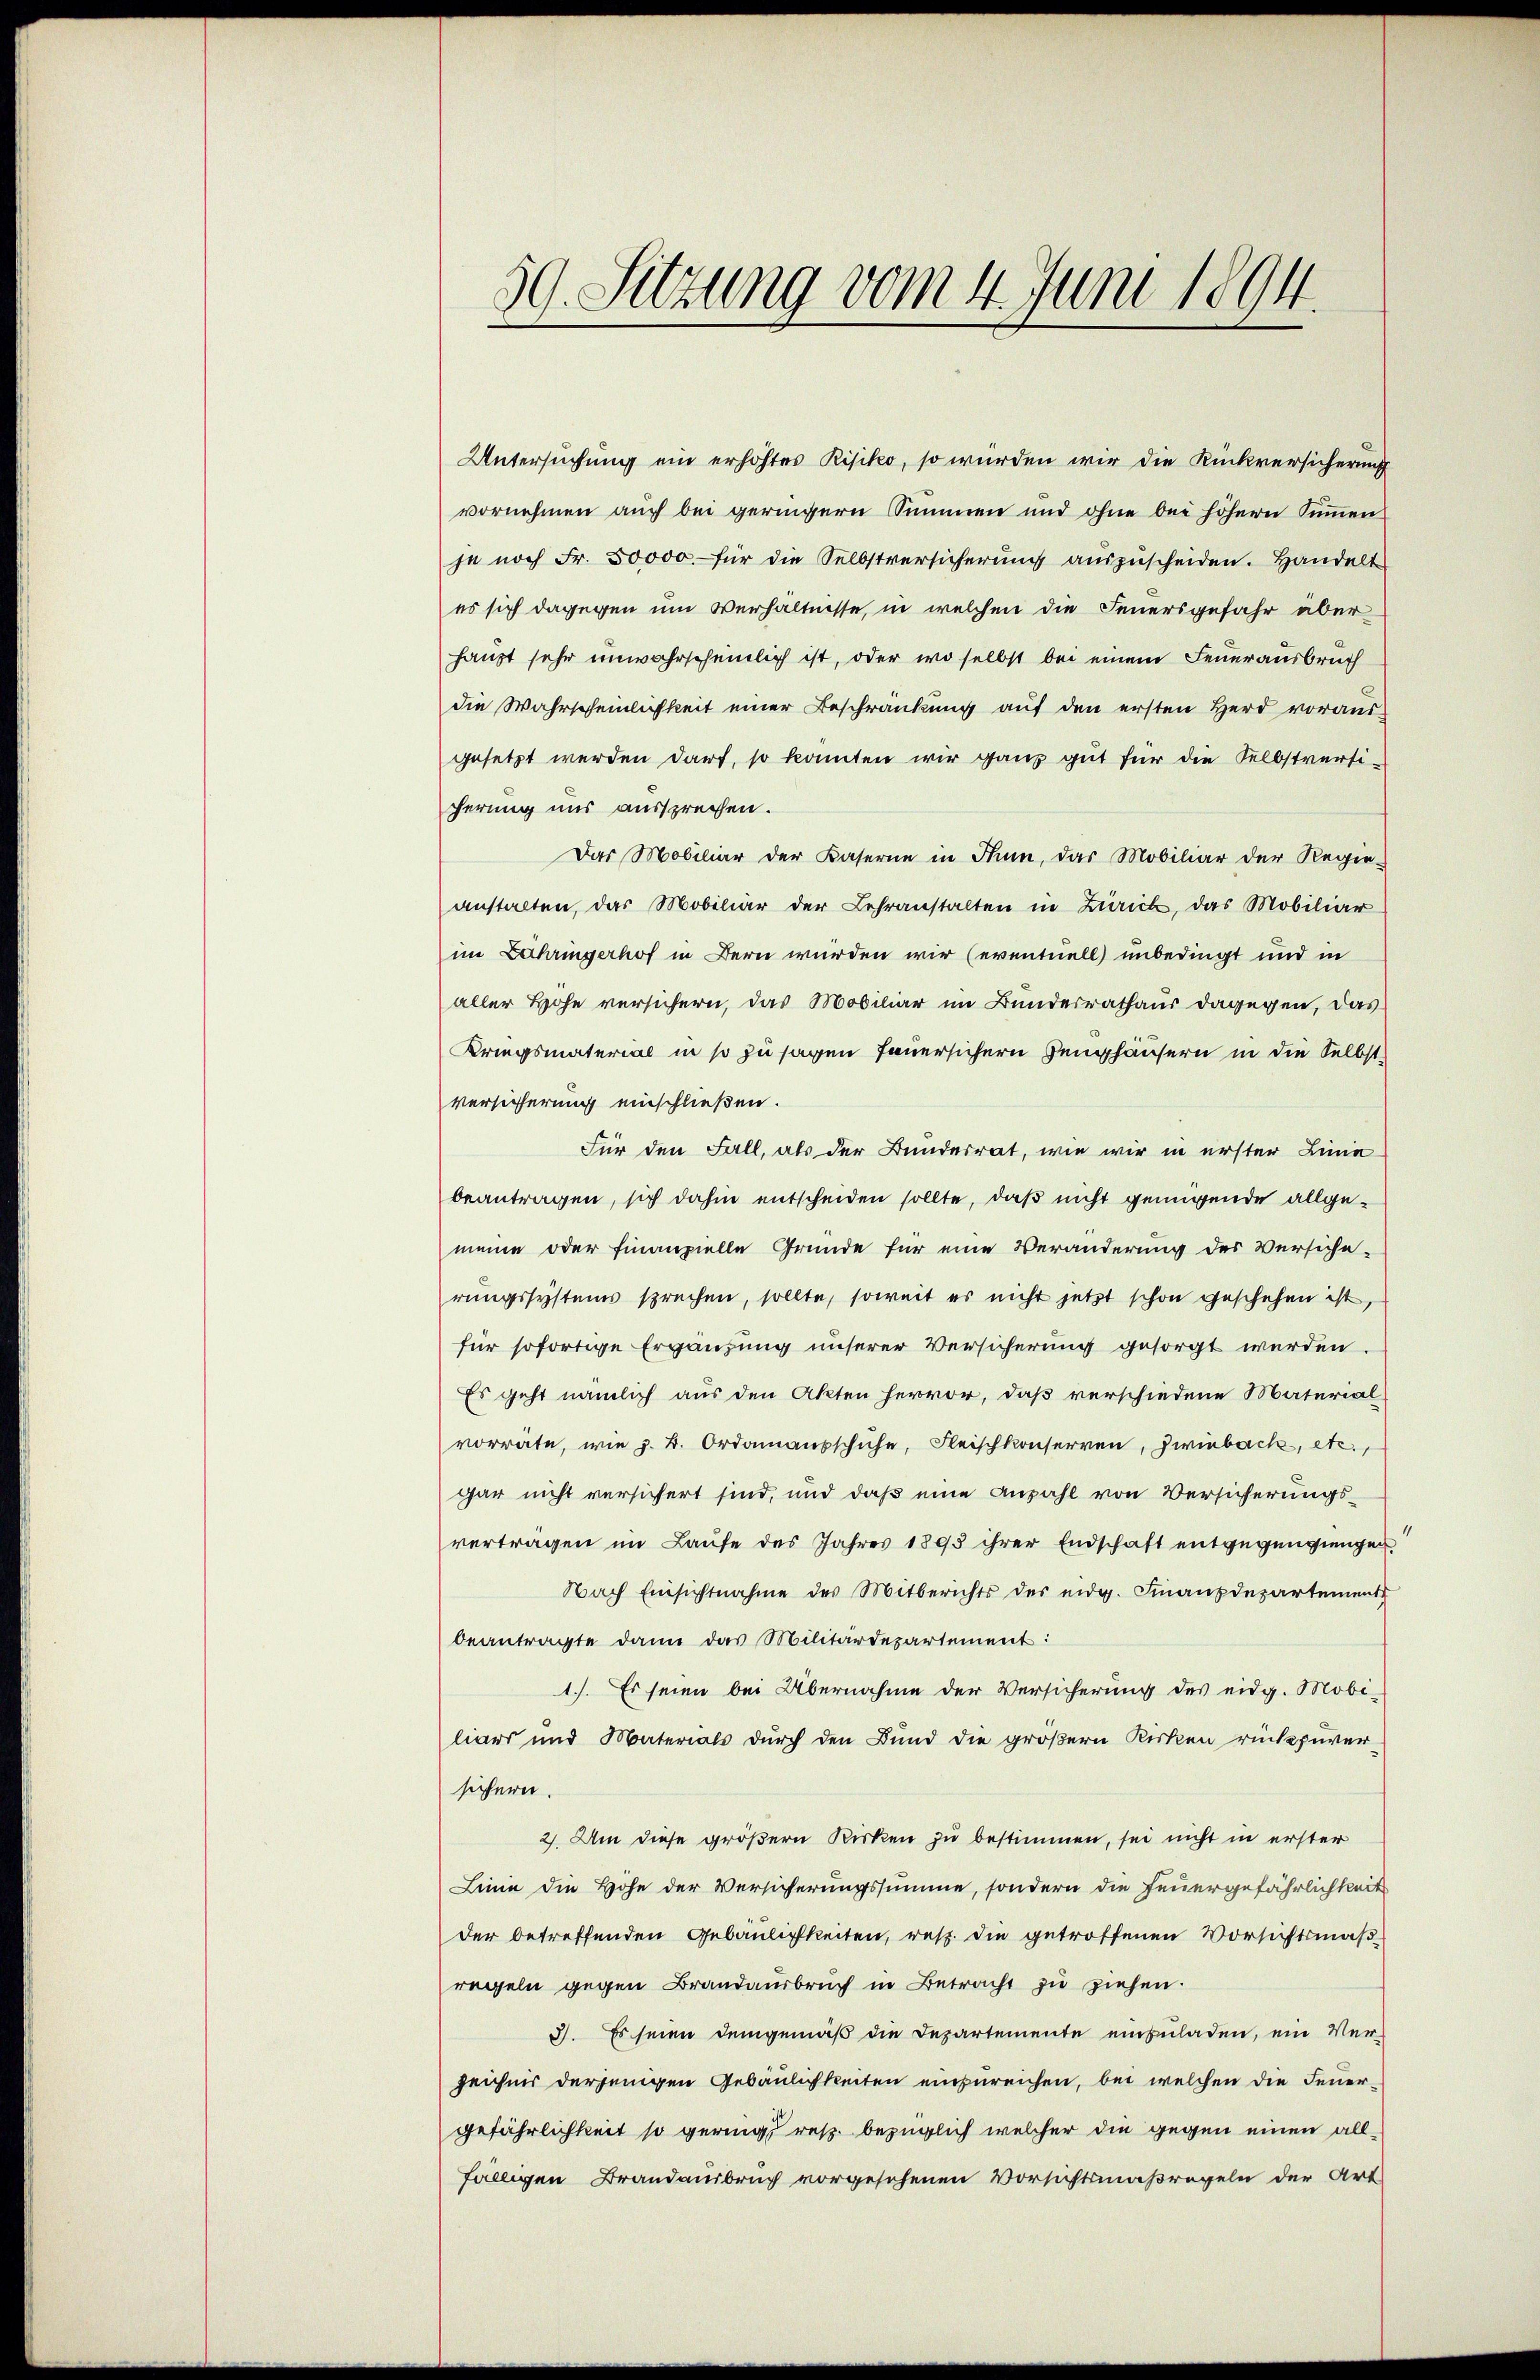
59. Sitzung vom 4. Juni 1894.

Untersuchung ein erhöhtes Risiko, so würden wir die Rückversicherung
vornehmen auch bei geringern Summen und ohne bei höhern Summen
je noch Fr. 50000.- für die Selbstversicherung aŭszŭscheiden. Handelt
es sich dagegen um Verhältnisse, in welchen die Feuersgefahr über
haupt sehr unwahrscheinlich ist, oder wo selbst bei einem Feuerausbruch
die Wahrscheinlichkeit einer Beschränkung aŭf den ersten Herd voraus-
gesetzt werden darf, so konnten wir ganz gut für die Selbstversi-
cherung uns aussprechen.
Das Mobiliar der Kaserne in Thun, das Mobiliar der Regie-
anstalten, das Mobiliar der Lehranstalten in Zürich, das Mobiliar
im Lahringerhof in Bern wurden wir (eventuell unbedingt und in
aller Höhe versichern, das Mobiliar im Bundesrathaus dagegen, das
Kriegsmaterial in so zu sagen feuersichern Zeughäusern in die Selbst¬
Versicherung einschließen.
Für den Fall, als der Bundesrat, wie wir in erster Linie
beantragen, sich dahin entscheiden sollte, daß nicht genügende allgemeine oder Finanzielle Gründe für eine Veränderung des Versicherungssystems sprechen, sollte, soweit es nicht jetzt schon geschehen ist,
für sofortige Ergänzung unserer Versicherung gesorgt werden.
Es geht nämlich aus den Akten hervor, daß verschiedene Material
vorräte, wie z. B. Ordanausschuhe, Fleischkonserven, Zwiebach, etc.,
gar nicht versichert sind, und daß eine Anzahl von Versicherungsvertragen im Laufe des Jahres 1895 ihrer Endschaft entgegengiengen
Nach Einsichtnahme des Mitberichts der eidg. Finanzdepartement
beantragte dann das Militärdepartement:
1). Es seien bei Übernahme der Versicherung des eidg. Mobi-
liars und Materials durch den Bund die größern Kirken rückzuversichern.
2. Um diese größern Kirken zu bestimmen, sei nicht in erster
Linie die Höhe der Versicherungssumme, sondern die Feuergefährlichkeit
der betreffenden Gebäulichkeiten, resp. die getroffenen Vorsichtsmaßregeln gegen Brandaŭsbrŭch in Betracht zu ziehen.
3. Es seien demgemäß die Departemente einzuladen, ein Ver-
zeichnis derjenigen Gebäulichkeiten einzureichen, bei welchen die Feuergefährlichkeit so gering, resp. bezüglich welcher die gegen einen allfälligen Brandausbruch vorgesehenen Vorsichtsmaßregeln der Art